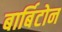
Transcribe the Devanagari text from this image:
बार्बिटोन